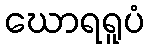
ဃောရရူပံ